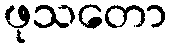
ဖုသတော